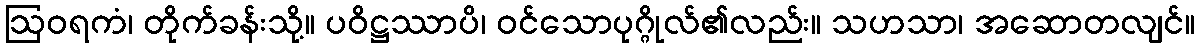
ဩဝရကံ၊ တိုက်ခန်းသို့။ ပဝိဋ္ဌဿာပိ၊ ဝင်သောပုဂ္ဂိုလ်၏လည်း။ သဟသာ၊ အဆောတလျင်။